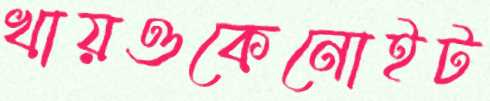
খায়ওকেনোইট